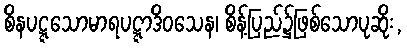
စိနပဋ္ဋသောမာရပဋ္ဋာဒိဝသေန၊ စိန့်ပြည်၌ဖြစ်သောပုဆိုး,